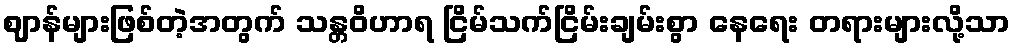
ဈာန်များဖြစ်တဲ့အတွက် သန္တဝိဟာရ ငြိမ်သက်ငြိမ်းချမ်းစွာ နေရေး တရားများလို့သာ